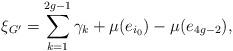
LaTeX: \begin{align*}\xi_{G^{\prime}}=\sum_{k=1}^{2g-1}\gamma_k+\mu(e_{i_0})-\mu(e_{4g-2}),\end{align*}